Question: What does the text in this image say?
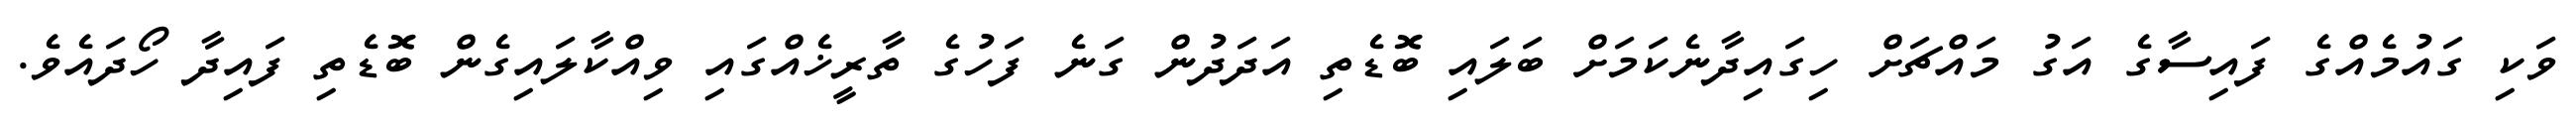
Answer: ވަކި ގައުމެއްގެ ފައިސާގެ އަގު މައްޗަށް ހިގައިދާނެކަމަށް ބަލައި ބޮޑެތި އަދަދުން ގަނެ ފަހުގެ ތާރީޚެއްގައި ވިއްކާލައިގެން ބޮޑެތި ފައިދާ ހޯދައެވެ.